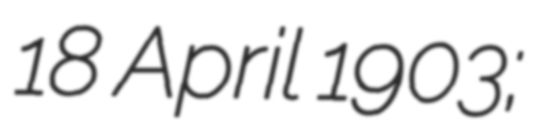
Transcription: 18 April 1903;